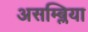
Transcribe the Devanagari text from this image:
असम्ब्लिया